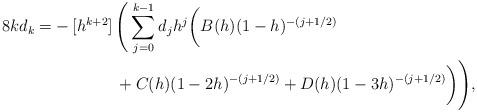
LaTeX: \begin{align*}8kd_k = -\,[h^{k+2}]\, &\Bigg(\sum_{j=0}^{k-1} d_j h^j \bigg( B(h)(1-h)^{-(j+1/2)} \\ &+ C(h)(1-2h)^{-(j+1/2)} + D(h)(1-3h)^{-(j+1/2)}\bigg)\Bigg),\end{align*}